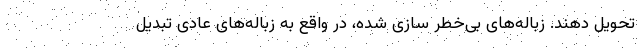
تحویل دهند. زباله‌های بی‌خطر سازی شده، در واقع به زباله‌های عادی تبدیل